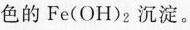
色的Fe(OH)_{2}沉淀。